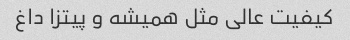
کیفیت عالی مثل همیشه و پیتزا داغ